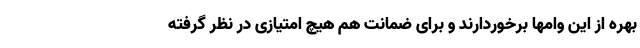
بهره از این وامها برخوردارند و برای ضمانت هم هیچ امتیازی در نظر گرفته